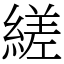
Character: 縒